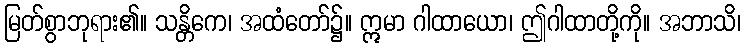
မြတ်စွာဘုရား၏။ သန္တိကေ၊ အထံတော်၌။ ဣမာ ဂါထာယော၊ ဤဂါထာတို့ကို။ အဘာသိ၊